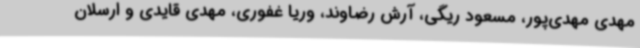
مهدی مهدی‌پور، مسعود ریگی، آرش رضاوند، وریا غفوری، مهدی قایدی و ارسلان